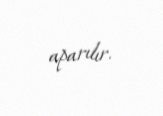
aparılır.